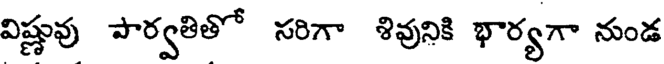
విష్ణువు పార్వతితో సరిగా శివునికి భార్యగా నుండ